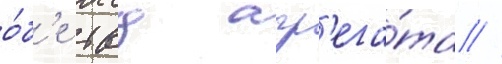
о́б'е твд агр'ега́та //